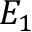
E _ { 1 }